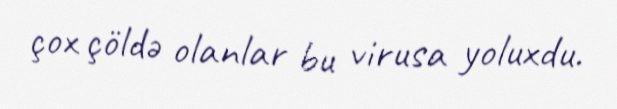
çox çöldə olanlar bu virusa yoluxdu.